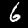
Digit: 6